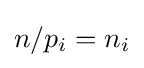
n/p_{i}=n_{i}